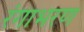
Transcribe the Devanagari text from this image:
रंगाभरण